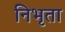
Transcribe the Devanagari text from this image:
निभृता